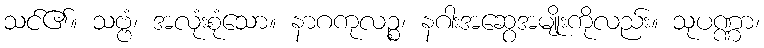
သင်၏။ သဗ္ဗံ၊ အလုံးစုံသော။ နာဂကုလဉ္စ၊ နဂါးအဆွေအမျိုးကိုလည်း။ သုပဏ္ဏာ၊